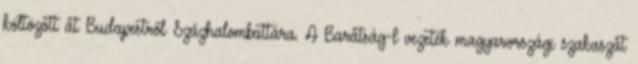
költözött át Budapestről Százhalombattára. A Barátság-I vezeték magyarországi szakaszát